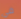
في